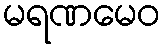
မရဏမေဝ